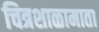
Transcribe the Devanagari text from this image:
चित्रशाळामाता